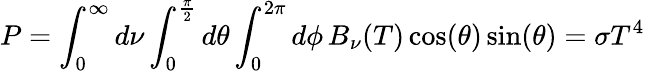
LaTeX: P=\int_{0}^{\infty}d\nu\int_{0}^{\frac{\pi}{2}}d\theta\int_{0}^{2\pi}d\phi\, B_{\nu}(T)\cos(\theta)\sin(\theta)=\sigma T^{4}